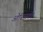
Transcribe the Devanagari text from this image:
ओरिन्स्का